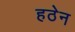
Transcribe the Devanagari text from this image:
हठेन